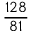
\frac { 1 2 8 } { 8 1 }